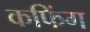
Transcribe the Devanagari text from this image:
कफिंग